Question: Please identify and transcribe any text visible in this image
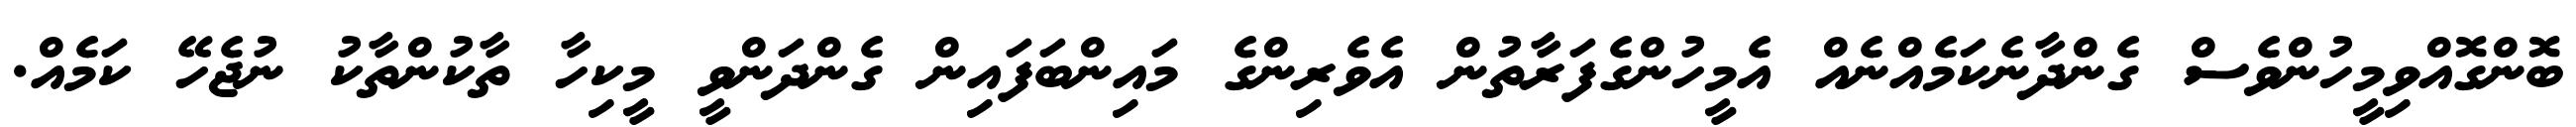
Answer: ބޮންގޮއްވިމީހުންވެސް ގެންދާނެކަމެއްނެއް އެމީހުންގެފަރާތުން އެވެރިންގެ މައިންބަފައިން ގެންދަންވީ މީކިހާ ތާކުންތާކު ނުޖެހޭ ކަމެއް.